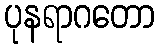
ပုနရာဂတော